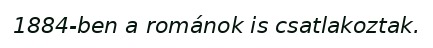
1884-ben a románok is csatlakoztak.